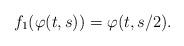
LaTeX: \begin{align*} f_1(\varphi(t,s))=\varphi(t,s/2).\end{align*}